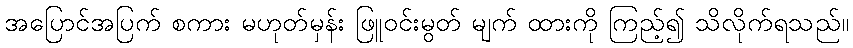
အပြောင်အပြက် စကား မဟုတ်မှန်း ဖြူဝင်းမွတ် မျက် ထားကို ကြည့်၍ သိလိုက်ရသည်။